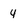
Character: 4